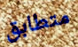
متطابق